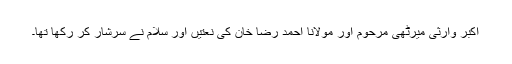
اکبر ؔوارثی میرٹھی مرحوم اور مولانا احمد رضا خان کی نعتیں اور سلام نے سرشار کر رکھا تھا۔